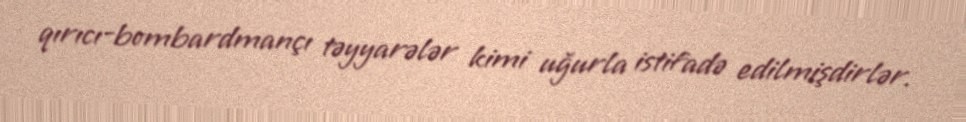
qırıcı-bombardmançı təyyarələr kimi uğurla istifadə edilmişdirlər.